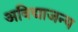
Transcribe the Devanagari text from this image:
अविद्याजन्य